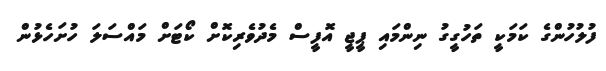
ފުލުހުންގެ ކަމަކީ ތަހުގީގު ނިންމައި ޕީޖީ އޮފީސް މެދުވެރިކޮށް ކޯޓަށް މައްސަލަ ހުށަހެޅުން